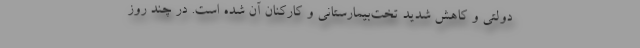
دولتی و کاهش شدید تخت‌بیمارستانی و کارکنان آن شده است. در چند روز